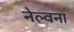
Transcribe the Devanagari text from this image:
नेल्वना